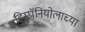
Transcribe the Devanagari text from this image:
हिस्पॅनियोलाच्या